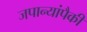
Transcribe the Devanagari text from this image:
जपान्यांपैकी